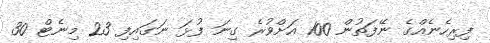
ފިރިހެނެއްގެ ނޭފަތުން 100 އަށްވުރެ ގިނަ ފުޅަ ނަގައިފި 23 މިނެޓް 30